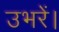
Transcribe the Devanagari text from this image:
उभरें।